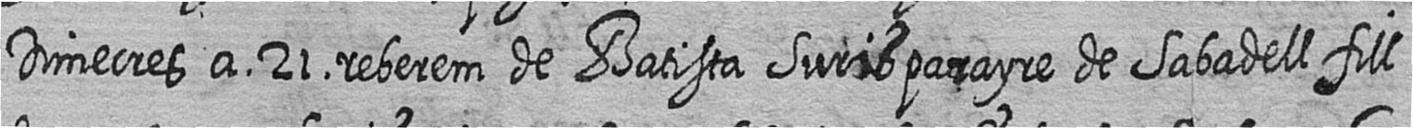
Dimecres a 21 reberem de Batista Suris parayre de Sabadell fill